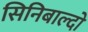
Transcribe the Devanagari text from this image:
सिनिबाल्दो